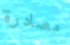
مصادرة